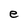
Character: e